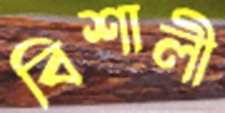
বিশালী